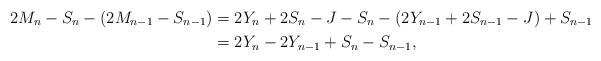
LaTeX: \begin{align*}2M_n-S_n-(2M_{n-1}-S_{n-1})&=2Y_n+2S_n-J-S_n-(2Y_{n-1}+2S_{n-1}-J)+S_{n-1}\\ &=2Y_n-2Y_{n-1}+S_n-S_{n-1},\end{align*}